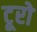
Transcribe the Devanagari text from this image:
टूरो